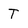
Character: T